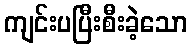
ကျင်းပပြီးစီးခဲ့သော